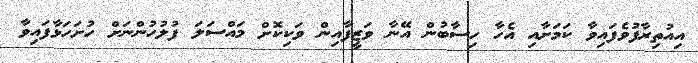
އިއުތިރާފުވެފައިވާ ކަމަށާއި އެހާ ހިސާބުން އޭނާ ވަޒީފާއިން ވަކިކޮށް މައްސަލަ ފުލުހުންނަށް ހުށަހަޅާފައިވާ